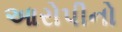
આરોપીનો